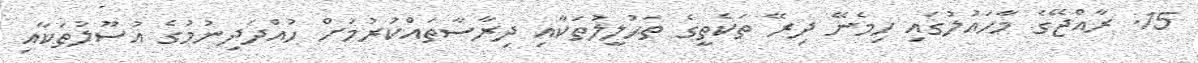
15. ރާއްޖޭގެ މާހައުލުގައި ހިމެނޭ ދިރޭ ތަކެތީގެ ތަޙުލީލުތަކާއި ދިރާސާތައްކުރުމަށް ހުއްދަދިނުމުގެ އުސޫލުތަކާއި